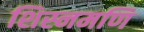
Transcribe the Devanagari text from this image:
शिस्नमणि